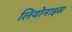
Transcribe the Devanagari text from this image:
लियोनाइस